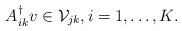
LaTeX: \begin{align*}A_{ik}^{\dagger} v \in \mathcal{V}_{jk},i=1,\ldots ,K.\end{align*}